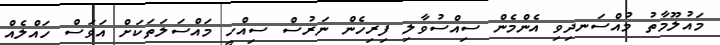
މައުލޫމާތު މުއްސަނދިވި އެންމެން ސިއްސުވާލި ފިރިހެން ނަރުސް ސިއްހީ މައްސަލަަތަކަށް އަވަސް ހައްލެއް